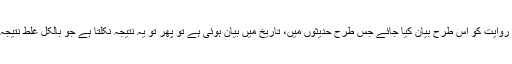
(اگر روایت کو اس طرح بیان کیا جائے جس طرح حدیثوں میں، تاریخ میں بیان ہوئی ہے تو پھر تو یہ نتیجہ نکلتا ہے جو بالکل غلط نتیجہ ہے۔